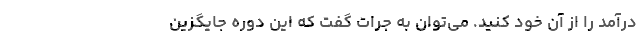
درآمد را از آن خود کنید. می‌توان به جرات گفت که این دوره جایگزین